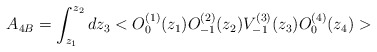
\begin{align*}A_{4B}=\int _{z_1}^{z_2}dz_3<O^{(1)}_{0}(z_1)O^{(2)}_{-1}(z_2)V^{(3)}_{-1}(z_3)O^{(4)}_{0}(z_4)>\end{align*}